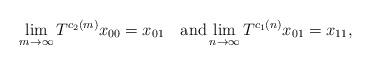
LaTeX: \begin{align*}\lim_{m\to\infty}T^{c_2(m)}x_{00}=x_{01} \quad\textup{and}\lim_{n\to\infty}T^{c_1(n)}x_{01}=x_{11},\end{align*}